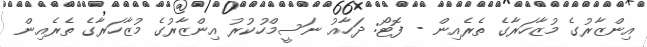
އިންޒާރުގެ މުޒާހަރާގެ ތެރެއިން - ފޮޓޯ: ދަހާއު ނަސީމްހުކުރު އިންޒާރުގެ މުޒާހަރާގެ ތެރެއިން